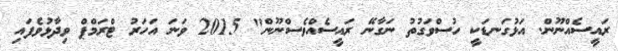
ރައީސެއްނޫން. އަޅުގަނޑަކީ ހުސްވަގުތު ނަގާނޭ ރައީސެއްވެސްނޫން" 2015 ވަނަ އަހަރު ޓްރަމްޕް ވިދާޅުވެފައި